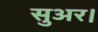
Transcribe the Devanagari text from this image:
सुअर।